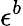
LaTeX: \epsilon^{b}